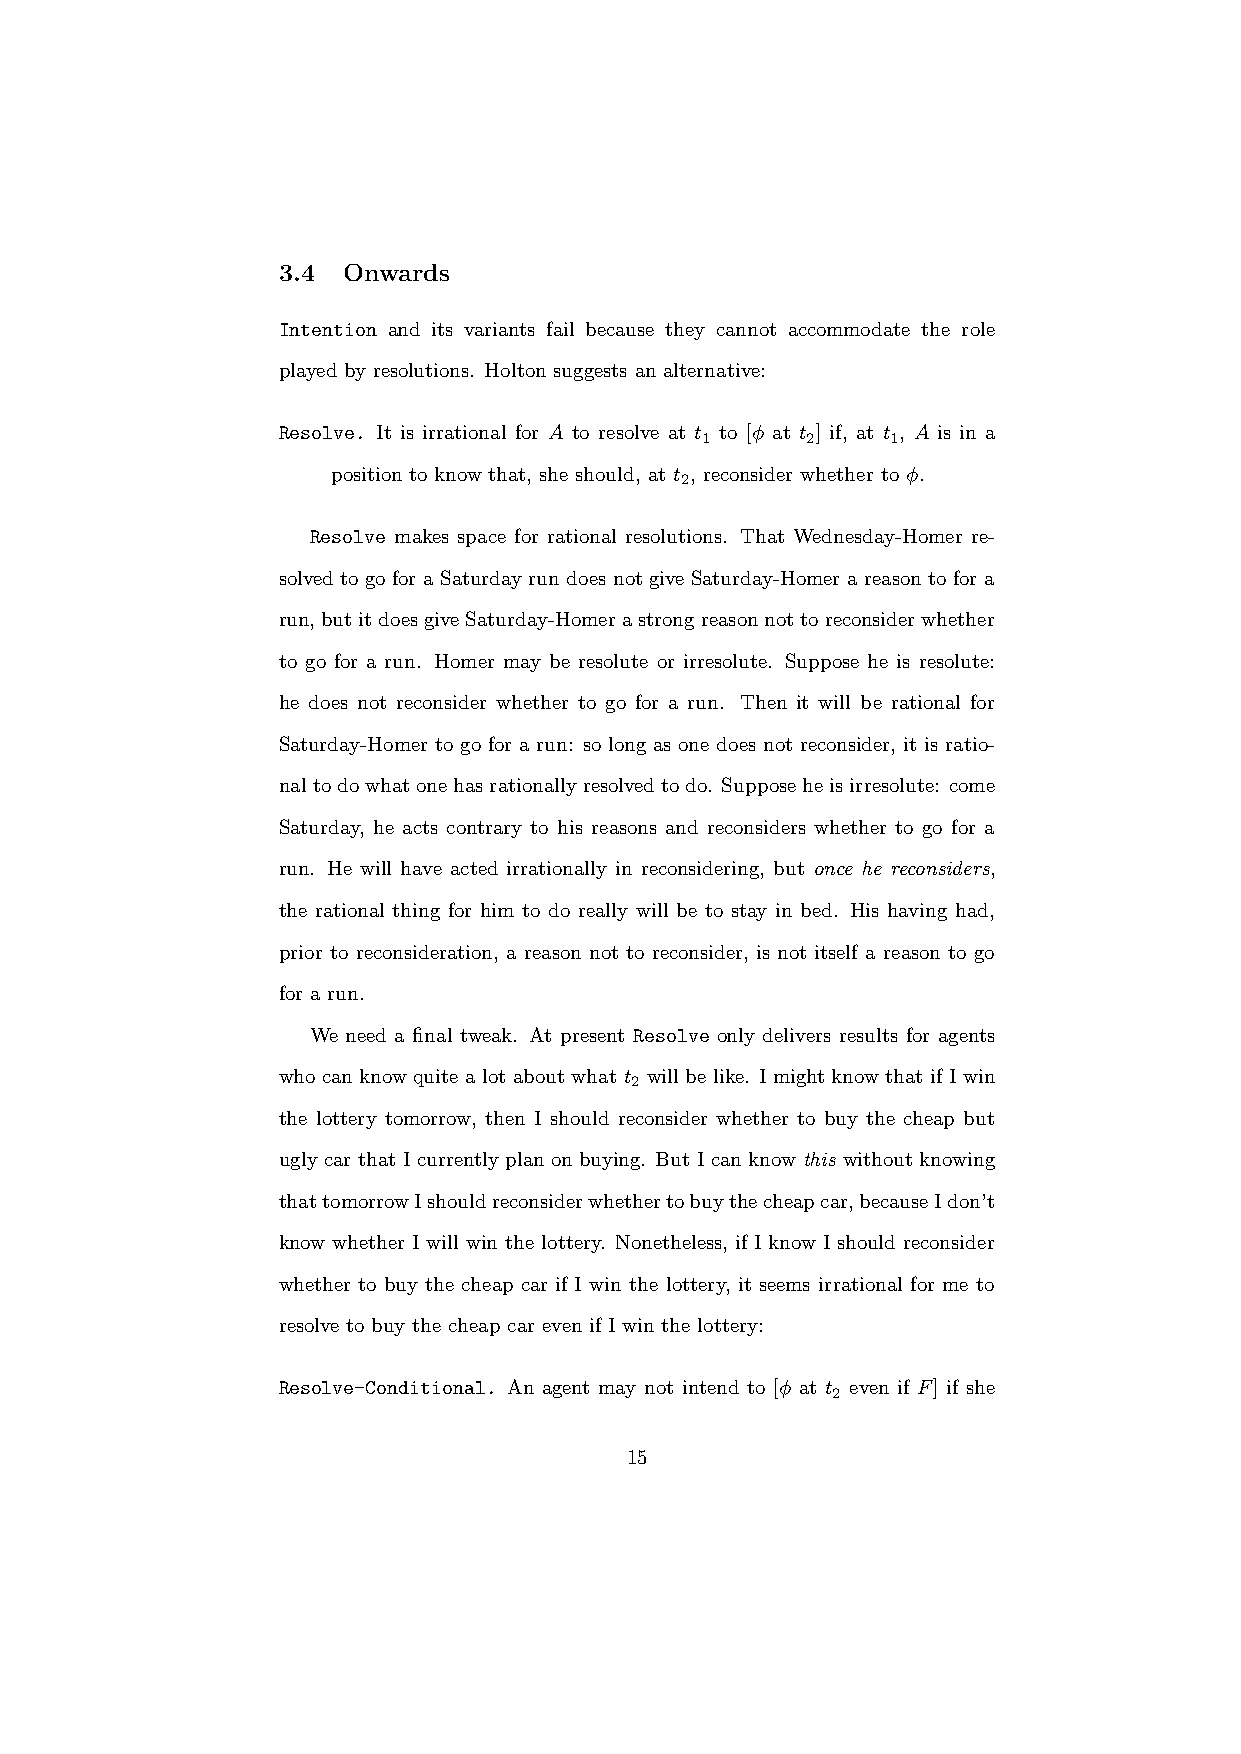
3.4  Onwards
 Intention and its variants fail because they cannot accommodate the role
 played by resolutions. Holton suggests an alternative:
 Resolve. It is irrational for A to resolve at t to [φ at t ] if, at t , A is in a
 1      2     1
 position to know that, she should, at t , reconsider whether to φ.
 2
 Resolve makes space for rational resolutions. That Wednesday-Homer re-
 solved to go for a Saturday run does not give Saturday-Homer a reason to for a
 run,butitdoesgiveSaturday-Homerastrongreasonnottoreconsiderwhether
 to go for a run. Homer may be resolute or irresolute. Suppose he is resolute:
 he does not reconsider whether to go for a run. Then it will be rational for
 Saturday-Homer to go for a run: so long as one does not reconsider, it is ratio-
 naltodowhatonehasrationallyresolvedtodo. Supposeheisirresolute: come
 Saturday, he acts contrary to his reasons and reconsiders whether to go for a
 run. He will have acted irrationally in reconsidering, but once he reconsiders,
 the rational thing for him to do really will be to stay in bed. His having had,
 prior to reconsideration, a reason not to reconsider, is not itself a reason to go
 for a run.
 We need a final tweak. At present Resolve only delivers results for agents
 who can know quite a lot about what t will be like. I might know that if I win
 2
 the lottery tomorrow, then I should reconsider whether to buy the cheap but
 ugly car that I currently plan on buying. But I can know this without knowing
 thattomorrowIshouldreconsiderwhethertobuythecheapcar,becauseIdon’t
 know whether I will win the lottery. Nonetheless, if I know I should reconsider
 whether to buy the cheap car if I win the lottery, it seems irrational for me to
 resolve to buy the cheap car even if I win the lottery:
 Resolve-Conditional. An agent may not intend to [φ at t even if F] if she
 2
 15